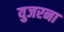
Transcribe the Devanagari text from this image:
युजरना